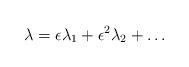
LaTeX: \begin{align*}\lambda =\epsilon \lambda_1+\epsilon^2\lambda_2+\ldots\end{align*}